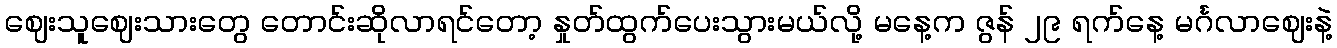
ဈေးသူဈေးသားတွေ တောင်းဆိုလာရင်တော့ နှုတ်ထွက်ပေးသွားမယ်လို့ မနေ့က ဇွန် ၂၉ ရက်နေ့ မင်္ဂလာဈေးနဲ့